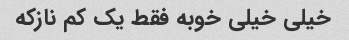
خیلی خیلی خوبه فقط یک کم نازکه